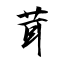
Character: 茸